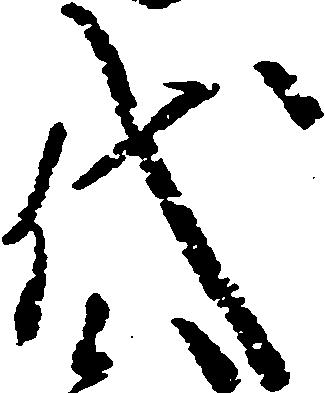
代